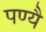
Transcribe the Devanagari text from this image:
पण्यै